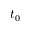
t _ { 0 }